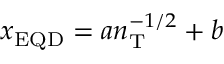
x _ { \mathrm { E Q D } } = a n _ { \mathrm { T } } ^ { - 1 / 2 } + b